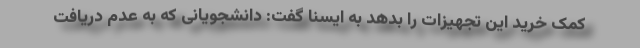
کمک خرید این تجهیزات را بدهد به ایسنا گفت: دانشجویانی که به عدم دریافت